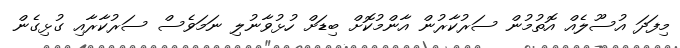
މިފަދަ އުސޫލެއް އޮތުމުން ސަރުކާރުން އާންމުކޮށް ބިޑަށް ހުޅުވާނުލި ނަމަވެސް ސަރުކާރާއި ގުޅިގެން